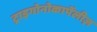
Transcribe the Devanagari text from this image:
ट्राइगोनोकार्पेलीज़